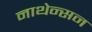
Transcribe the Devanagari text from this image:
नाथेन्सन